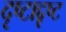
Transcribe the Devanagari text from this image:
दृष्टाद्दृष्ट